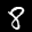
Label: 8